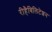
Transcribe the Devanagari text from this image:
रीहैबिलिटेशन